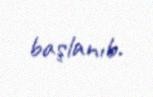
başlanıb.